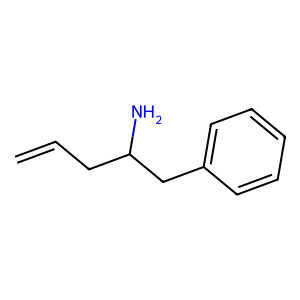
SMILES: C=CCC(N)Cc1ccccc1
Inhibits HIV replication: No